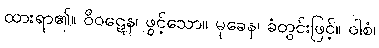
ထားရာ၏။ ဝိဝဋေန၊ ဖွင့်သော။ မုခေန၊ ခံတွင်းဖြင့်။ ဝါစံ၊